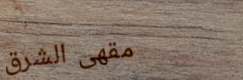
مقهى الشرق